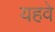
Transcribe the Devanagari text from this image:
यहवे